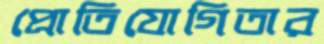
প্রোতিযোগিতার